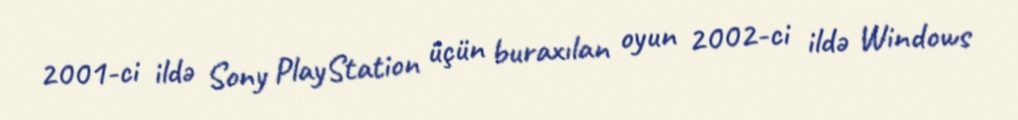
2001-ci ildə Sony PlayStation üçün buraxılan oyun 2002-ci ildə Windows